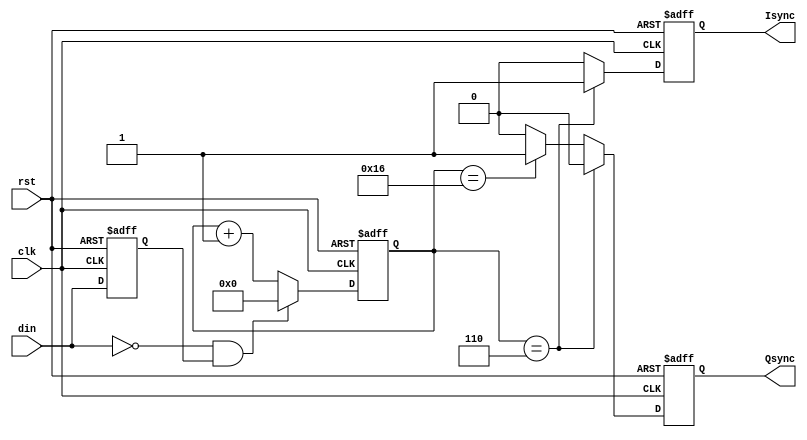
//Shape.v
module Shape (
	rst,clk,din,
	Isync,Qsync); 
	
	input		rst;   //
	input		clk;   //FPGA//
	input	   din;   //
	output Isync;   //
	output Qsync;   //
	
	reg [5:0] count;
	reg din_d;
	reg sync_i,sync_q;
	always @(posedge clk or posedge rst)
		if (rst)
			begin
				count <= 6'd0;
				din_d <= 1'b0;
				sync_i <= 1'b0;
				sync_q <= 1'b0;
			end
		else
		   begin
				din_d <= din;
				//
				if ((!din) && din_d)
				   count <= 6'd0;
				else
					count <= count + 6'd1;
				//
            //328
            //24count622
            if (count==6'd6) 
					begin
						sync_i <= 1'b1;
						sync_q <= 1'b0;
					end
            else if (count==6'd22)
					begin
						sync_i <= 1'b0;
						sync_q <= 1'b1;
					end
            else
					begin
						sync_i <= 1'b0;
						sync_q <= 1'b0;
					end
			end

	assign Isync = sync_i;
	assign Qsync = sync_q;
	
endmodule